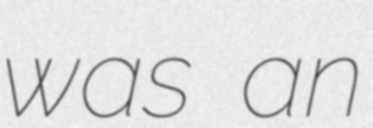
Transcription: was an